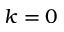
k = 0